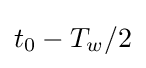
t_{0}-T_{w}/2